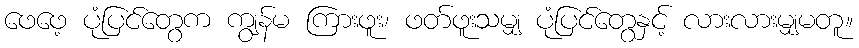
ဖေဖေ့ ပုံပြင်တွေက ကျွန်မ ကြားဖူး၊ ဖတ်ဖူးသမျှ ပုံပြင်တွေနှင့် လားလားမျှမတူ။